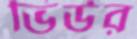
ভিউর